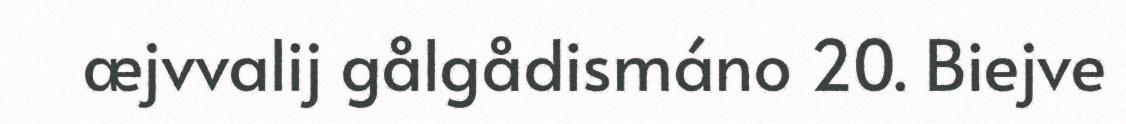
æjvvalij gålgådismáno 20. Biejve